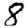
Digit: 8